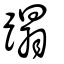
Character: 蹋